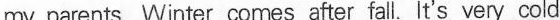
my parents. Winter comes after fall It's very cold